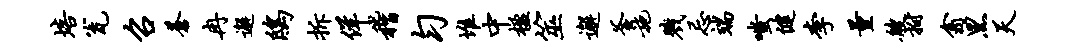
培瓮召苍冉邂鸱拆佯稽匀堆中楹筮邂釜施戮忌端嗤健李量艘拊翕黑天